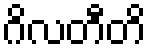
ဂိလတီတိ